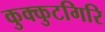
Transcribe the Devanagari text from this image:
कुक्कुटगिरि